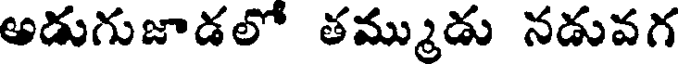
అడుగుజాడలో తమ్ముడు నడువగ